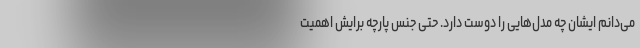
می‌دانم ایشان چه مدل‌هایی را دوست دارد. حتی جنس پارچه برایش اهمیت